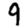
Digit: 9